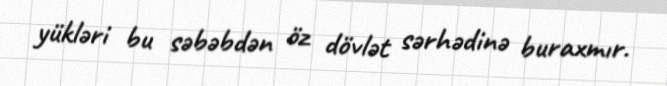
yükləri bu səbəbdən öz dövlət sərhədinə buraxmır.